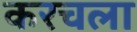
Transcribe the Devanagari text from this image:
करचला